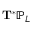
\mathbf { T } ^ { * } \mathbb { P } _ { L }